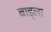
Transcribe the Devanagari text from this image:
बाड्ला